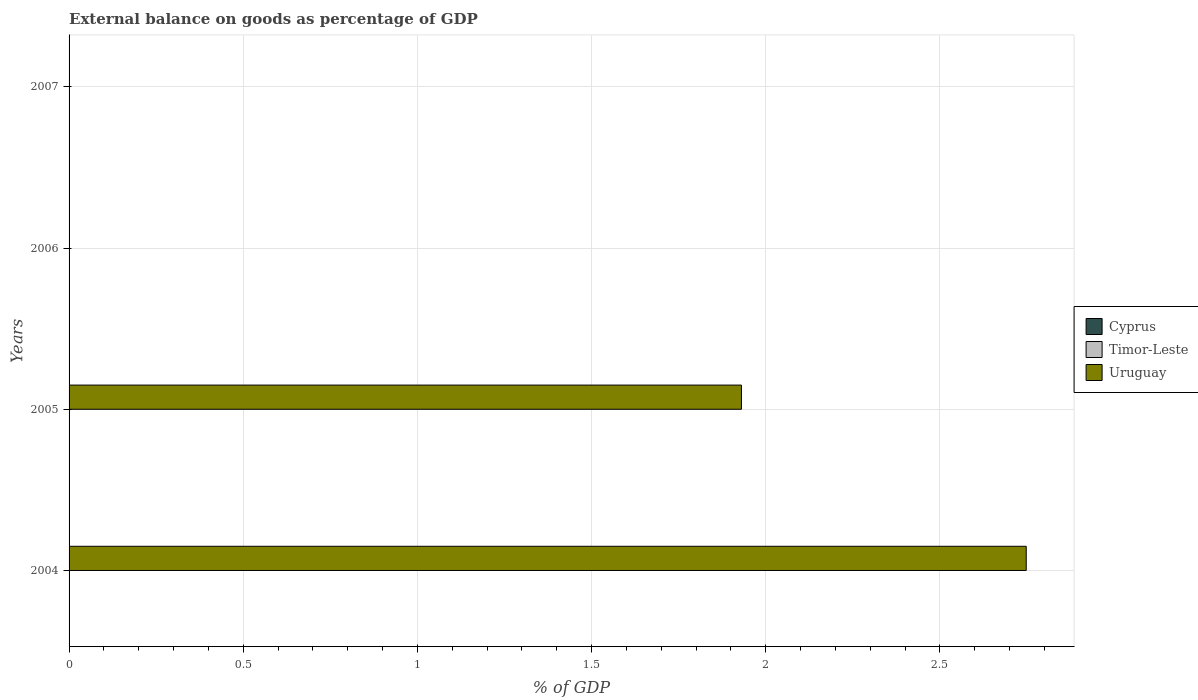
| Years | Cyprus | Timor-Leste | Uruguay |
 | --- | --- | --- | --- |
 | 2004 | -0.125 | -86.3 | 2.75 |
 | 2005 | -0.538 | -55.6 | 1.93 |
 | 2006 | -2.97 | -78.4 | -1.38 |
 | 2007 | -4.81 | -105 | -1.03 |